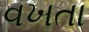
વખતા